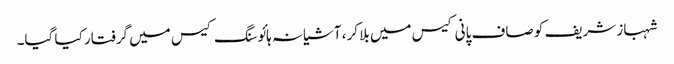
شہباز شریف کو صاف پانی کیس میں بلا کر، آشیانہ ہائوسنگ کیس میں گرفتار کیا گیا۔